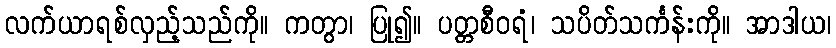
လက်ယာရစ်လှည့်သည်ကို။ ကတွာ၊ ပြု၍။ ပတ္တစီဝရံ၊ သပိတ်သင်္ကန်းကို။ အာဒါယ၊